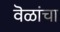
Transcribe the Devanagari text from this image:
वॆळांचा